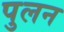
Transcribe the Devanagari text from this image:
पुलन